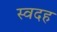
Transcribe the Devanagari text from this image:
स्वदह